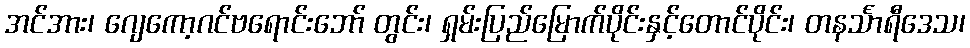
အင်အား၊ ဂျေကော့ဂင်ဗရောင်းဘော် တွင်း၊ ရှမ်းပြည်မြောက်ပိုင်းနှင့်တောင်ပိုင်း၊ တနင်္သာရီဒေသ၊